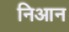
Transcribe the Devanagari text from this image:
निआन